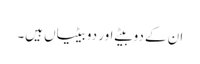
ان کے دو بیٹے اور دو بیٹیاں ہیں۔